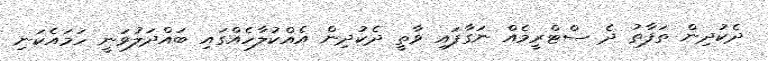
ދެކުދިން ތަފާތު ދެ ސްޓްރީމެއް ނަގާފައި ވާތީ ދެކުދިން އެއްކުލާހެއްގައި ބައްދަލުވަނީ ހަމައެކަނި